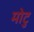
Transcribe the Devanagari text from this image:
मोटु